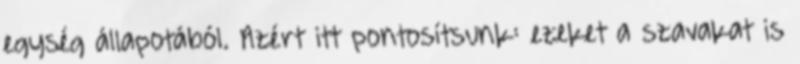
egység állapotából. Azért itt pontosítsunk: ezeket a szavakat is